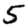
Digit: 5